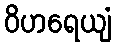
ဝိဟရေယျံ